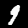
Label: 9